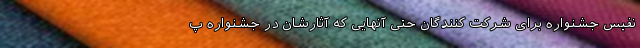
نفیس جشنواره برای شرکت کنندگان حتی آنهایی که آثارشان در جشنواره پ